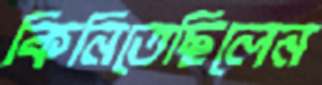
কিনিতেছিলেন